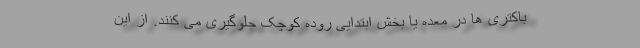
باکتری ها در معده یا بخش ابتدایی روده کوچک جلوگیری می کنند. از این